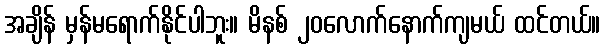
အချိန် မှန်မရောက်နိုင်ပါဘူး။ မိနစ် ၂၀လောက်နောက်ကျမယ် ထင်တယ်။